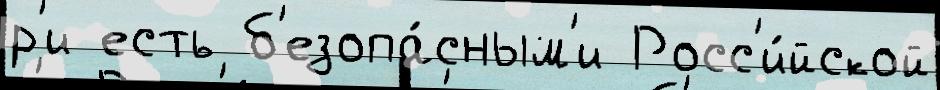
р'и есть б'езопа́сным'и Росс'и́йской